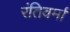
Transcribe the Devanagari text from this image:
रंतिवर्मा